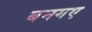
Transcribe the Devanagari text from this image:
बनगए